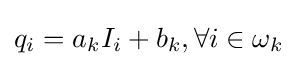
q_{i}=a_{k}I_{i}+b_{k},\forall i\in \omega _{k}